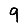
Digit: 9